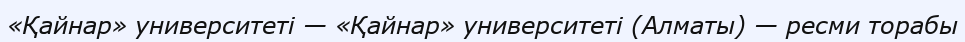
«Қайнар» университеті — «Қайнар» университеті (Алматы) — ресми торабы